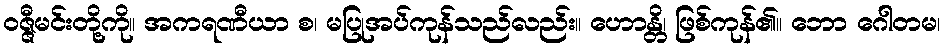
ဝဇ္ဇီမင်းတို့ကို။ အကရဏီယာ စ၊ မပြုအပ်ကုန်သည်လည်း။ ဟောန္တိ၊ ဖြစ်ကုန်၏။ ဘော ဂေါတမ၊